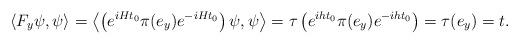
LaTeX: \begin{align*}\left\langle F_y\psi,\psi \right\rangle = \left\langle \left(e^{iHt_0}\pi(e_y)e^{-iHt_0}\right)\psi,\psi \right\rangle = \tau\left(e^{iht_0}\pi(e_y)e^{-iht_0}\right) = \tau(e_y)= t.\end{align*}